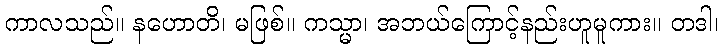
ကာလသည်။ နဟောတိ၊ မဖြစ်။ ကသ္မာ၊ အဘယ်ကြောင့်နည်းဟူမူကား။ တဒါ၊